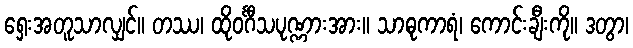
ရှေးအတူသာလျှင်။ တဿ၊ ထိုဝင်္ဂီသပုဏ္ဏားအား။ သာဓုကာရံ၊ ကောင်းချီးကို။ ဒတွာ၊